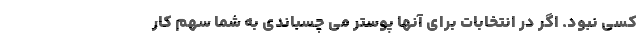
کسی نبود. اگر در انتخابات برای آنها پوستر می چسباندی به شما سهم کار